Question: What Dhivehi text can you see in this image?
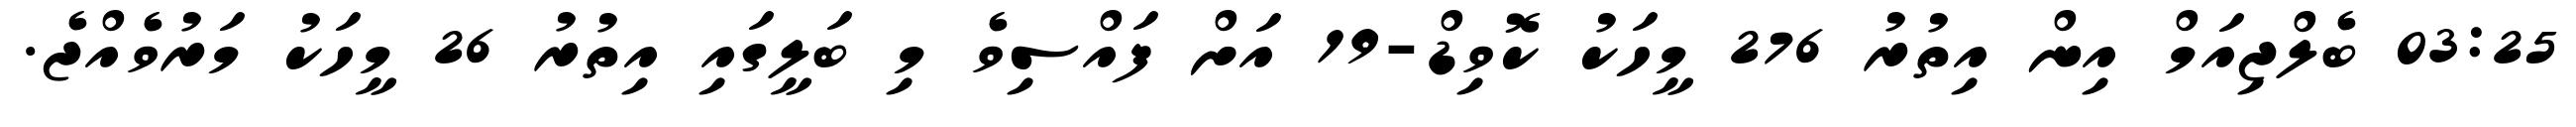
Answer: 03:25 ބެލްޖިއަމް އިން އިތުރު 276 މީހަކު ކޮވިޑް-19 އަށް ފައްސިވެ މި ބަލީގައި އިތުރު 26 މީހަކު މަރުވެއްޖެ.